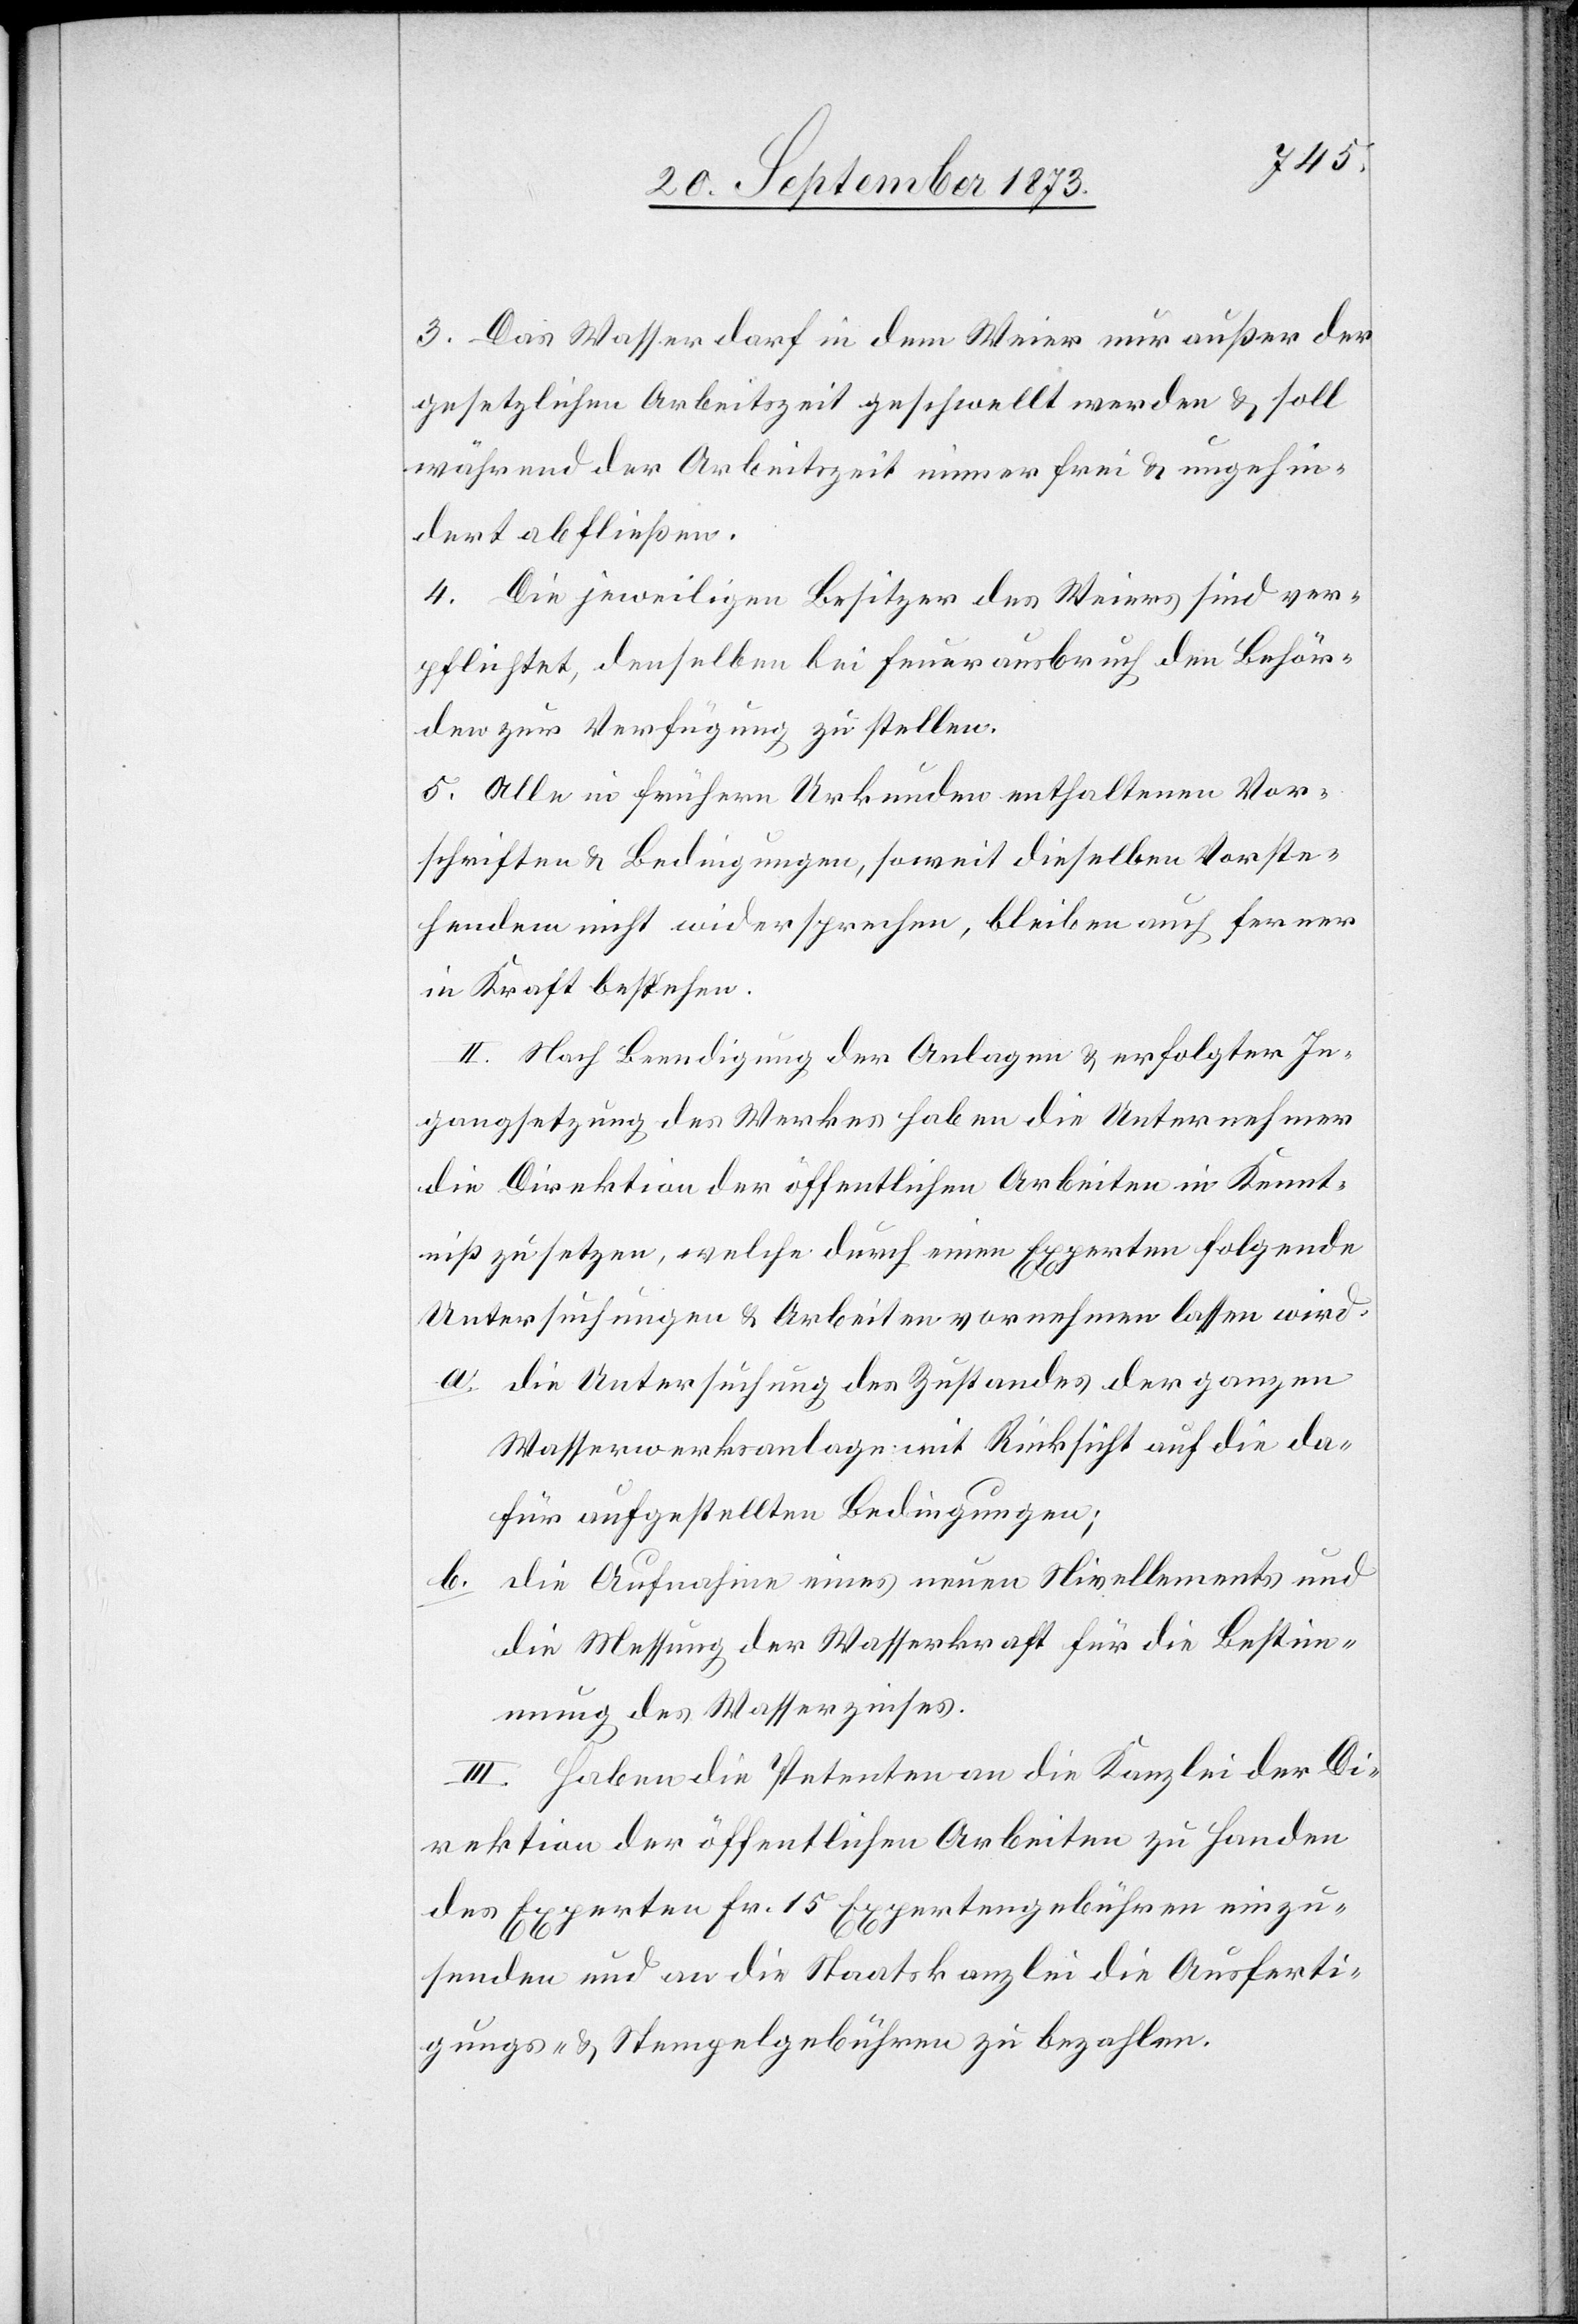
3. Das Wasser darf in dem Weier nur außer der
gesetzlichen Arbeitszeit geschwellt werden & soll
während der Arbeitszeit immer frei & ungehin¬
dert abfließen.
4. Die jeweiligen Besitzer des Weiers sind ver¬
pflichtet, denselben bei Feuerausbruch den Behör¬
den zur Verfügung zu stellen.
5. Alle in frühern Urkunden enthaltenen Vor¬
schriften & Bedingungen, soweit dieselben Vorste¬
hendem nicht widersprechen, bleiben auch ferner
in Kraft bestehen.
II. Nach Beendigung der Anlagen & erfolgter In¬
gangsetzung des Werkes haben die Unternehmer
die Direktion der öffentlichen Arbeiten in Kennt¬
niß zu setzen, welche durch einen Experten folgende
Untersuchungen & Arbeiten vornehmen lassen wird:
a. die Untersuchung des Zustandes der ganzen
Wasserwerksanlagen mit Rücksicht auf die da¬
für aufgestellten Bedingungen;
b. die Aufnahme eines neuen Nivellements und
die Messung der Wasserkraft für die Bestim¬
mung des Wasserzinses.
III. Haben die Petenten an die Kanzlei der Di¬
rektion der öffentlichen Arbeiten zu Handen
des Experten Fr. 15 Expertengebühren einzu¬
senden und an die Staatskanzlei die Ausferti¬
gungs- & Stempelgebühren zu bezahlen.